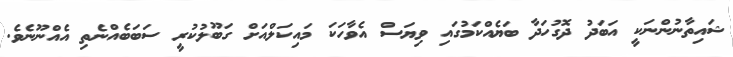
ޝައިތާނުންނަކީ އަބަދު ދޮގުހަދާ ބަޔެއްކަމުގައި ވިޔަސް އެވާހަކަ މައިކަލްއަށް ގަބޫލުކުރީ ސަބަބެއްނެތި އެއްނޫނެވެ.